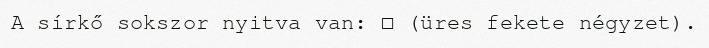
A sírkő sokszor nyitva van: □ (üres fekete négyzet).